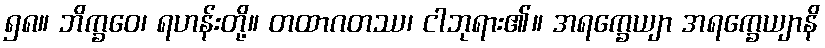
၅၈။ ဘိက္ခဝေ၊ ရဟန်းတို့။ တထာဂတဿ၊ ငါဘုရား၏။ အရက္ခေယျာ အရက္ခေယျာနိ